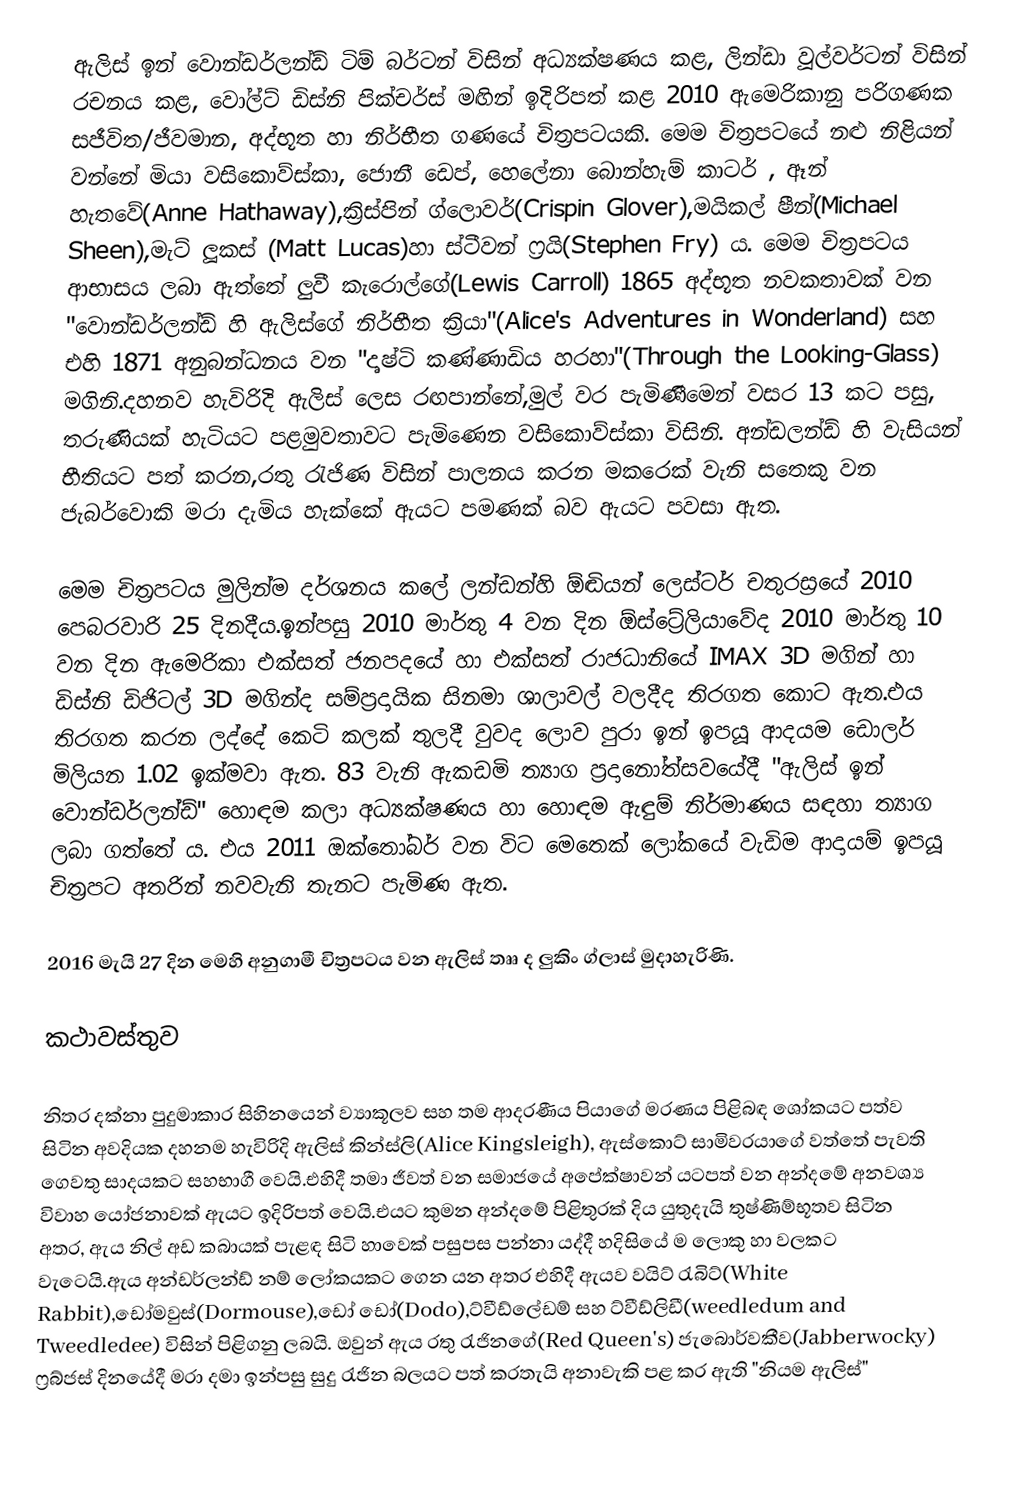
ඇලිස් ඉන් වොන්ඩර්ලන්ඩ් ටිම් බර්ටන්  විසින් අධ්‍යක්ෂණය කළ, ලින්ඩා වූල්වර්ටන්  විසින් රචනය කළ, වෝල්ට් ඩිස්නි පික්චර්ස් මඟින් ඉදිරිපත් කළ 2010 ඇමෙරිකානු පරිගණක සජීවිත/ජීවමාන, අද්භූත හා නිර්භීත ගණයේ චිත්‍රපටයකි. මෙම චිත්‍රපටයේ නළු නිළියන් වන්නේ මියා වසිකොව්ස්කා, ජොනී ඩෙප්, හෙලේනා බොන්හැම් කාටර් , ඈන් හැතවේ(Anne Hathaway),ක්‍රිස්පින් ග්ලොවර්(Crispin Glover),මයිකල් ෂීන්(Michael Sheen),මැට් ලූකස් (Matt Lucas)හා ස්ටීවන් ෆ්‍රයි(Stephen Fry) ය. මෙම චිත්‍රපටය ආභාසය ලබා ඇත්තේ ලුවී කැරොල්ගේ(Lewis Carroll) 1865 අද්භූත නවකතාවක් වන "වොන්ඩර්ලන්ඩ් හි ඇලිස්ගේ නිර්භීත ක්‍රියා"(Alice's Adventures in Wonderland) සහ එහි 1871 අනුබන්ධනය වන "දෘෂ්ටි කණ්ණාඩිය හරහා"(Through the Looking-Glass) මගිනි.දහනව හැවිරිදි ඇලිස් ලෙස රඟපාන්නේ,මුල් වර පැමිණීමෙන් වසර 13 කට පසු, තරුණියක් හැටියට පළමුවතාවට පැමිණෙන වසිකොව්ස්කා විසිනි. අන්ඩලන්ඩ් හි වැසියන් භීතියට පත් කරන,රතු රැජිණ විසින් පාලනය කරන මකරෙක් වැනි සතෙකු වන ජැබර්වොකි මරා දැමිය හැක්කේ ඇයට පමණක් බව ඇයට පවසා ඇත.

මෙම චිත්‍රපටය මුලින්ම දර්ශනය කලේ ලන්ඩන්හි ඕඬියන් ලෙස්ටර් චතුරස්‍රයේ 2010 පෙබරවාරි 25 දිනදීය.ඉන්පසු 2010 මාර්තු 4 වන දින ඕස්ට්‍රේලියාවේද 2010 මාර්තු 10 වන දින ඇමෙරිකා එක්සත් ජනපදයේ හා එක්සත් රාජධානියේ IMAX 3D මගින් හා ඩිස්නි ඩිජිටල් 3D මගින්ද සම්ප්‍රදායික සිනමා ශාලාවල් වලදීද තිරගත කොට ඇත.එය තිරගත කරන ලද්දේ කෙටි කලක් තුලදී වුවද ලොව පුරා ඉන් ඉපයූ ආදයම ඩොලර් මිලියන 1.02 ඉක්මවා ඇත. 83 වැනි ඇකඩමි ත්‍යාග ප්‍රදානෝත්සවයේදී "ඇලිස් ඉන් වොන්ඩර්ලන්ඩ්" හොඳම කලා අධ්‍යක්ෂණය හා හොඳම ඇඳුම් නිර්මාණය සඳහා ත්‍යාග ලබා ගත්තේ ය. එය 2011 ඔක්තෝබර් වන විට මෙතෙක් ලෝකයේ වැඩිම ආදායම් ඉපයූ චිත්‍රපට අතරින් නවවැනි තැනට පැමිණ ඇත.

2016 මැයි 27 දින මෙහි අනුගාමී චිත්‍රපටය වන ඇලිස් තෲ ද ලුකිං ග්ලාස් මුදාහැරිණි.

කථාවස්තුව

නිතර දක්නා පුදුමාකාර සිහිනයෙන් ව්‍යාකූලව සහ තම ආදරණීය පියාගේ මරණය පිළිබඳ ශෝකයට පත්ව සිටින අවදියක දහනම හැවිරිදි ඇලිස් කින්ස්ලි(Alice Kingsleigh), ඇස්කොට් සාමිවරයාගේ වත්තේ පැවති ගෙවතු සාදයකට සහභාගී වෙයි.එහිදී තමා ජීවත් වන සමාජයේ අපේක්ෂාවන් යටපත් වන අන්දමේ අනවශ්‍ය විවාහ යෝජනාවක් ඇයට ඉදිරිපත් වෙයි.එයට කුමන අන්දමේ පිළිතුරක් දිය යුතුදැයි තුෂ්ණිම්භූතව සිටින අතර, ඇය නිල් අඩ කබායක් පැළඳ සිටි හාවෙක් පසුපස පන්නා යද්දී හදිසියේ ම ලොකු හා වලකට වැටෙයි.ඇය අන්ඩර්ලන්ඩ් නම් ලෝකයකට ගෙන යන අතර එහිදී ඇයව වයිට් රැබිට්(White Rabbit),ඩෝමවුස්(Dormouse),ඩෝ ඩෝ(Dodo),ට්වීඩ්ලේඩම් සහ ට්වීඩ්ලිඩී(weedledum and Tweedledee) විසින් පිළිගනු ලබයි. ඔවුන් ඇය රතු රැජිනගේ(Red Queen's) ජැබොර්වකීව(Jabberwocky) ෆ්‍රබ්ජස් දිනයේදී මරා දමා ඉන්පසු සුදු රැජින බලයට පත් කරතැයි අනාවැකි පළ කර ඇති "නියම ඇලිස්"